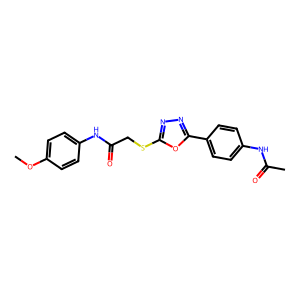
SMILES: COc1ccc(NC(=O)CSc2nnc(-c3ccc(NC(C)=O)cc3)o2)cc1
Inhibits HIV replication: No